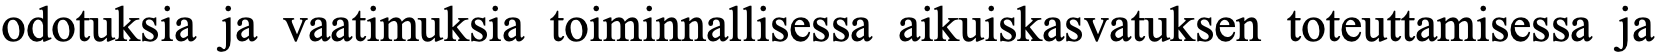
odotuksia ja vaatimuksia toiminnallisessa aikuiskasvatuksen toteuttamisessa ja